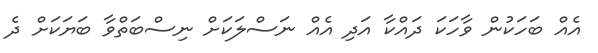
އެއް ބަހަކުން ވާހަކަ ދައްކާ އަދި އެއް ނަސްލަކަށް ނިސްބަތްވާ ބަޔަކަށް ދެ